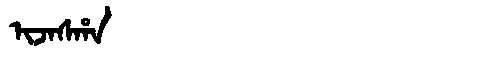
Manchu: ᡳᠵᠠᠰᡥᠠ
Romanization: IJASHA